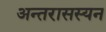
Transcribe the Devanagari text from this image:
अन्तरासस्यन